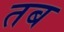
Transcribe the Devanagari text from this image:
तब